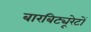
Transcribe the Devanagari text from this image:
बारबिट्यूरेटों